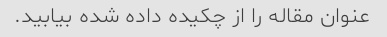
عنوان مقاله را از چکیده داده شده بیابید.